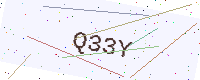
Text: Q33Y